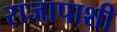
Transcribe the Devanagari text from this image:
राजापाशी